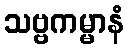
သဗ္ဗကမ္မာနံ